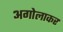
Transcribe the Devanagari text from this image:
अगोलाकर